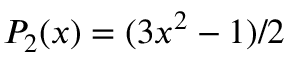
P _ { 2 } ( x ) = ( 3 x ^ { 2 } - 1 ) / 2